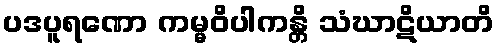
ပဒပူရဏော ကမ္မဝိပါကန္တိ သံဃာဋိယာတိ